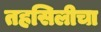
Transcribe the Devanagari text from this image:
तहसिलीचा